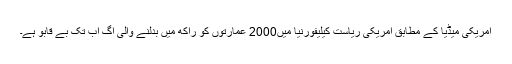
امریکی میڈیا کے مطابق امریکی ریاست کیلیفورنیا میں2000 عمارتوں کو راکھ میں بدلنے والی آگ اب تک بے قابو ہے۔